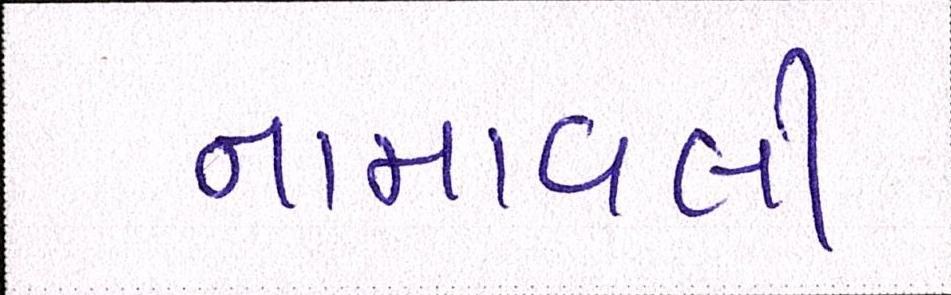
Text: નામાવલી